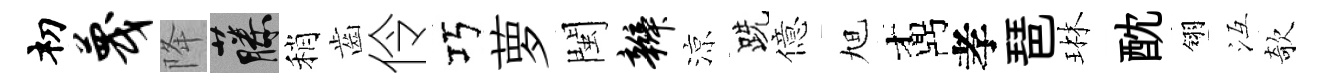
𥘉蔑降藤稍齒伶巧萝閩辫涼跣億旭鼒孝琶琳酖翎冱欹